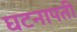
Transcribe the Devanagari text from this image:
घटनापती